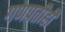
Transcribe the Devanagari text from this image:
गणपतीही